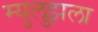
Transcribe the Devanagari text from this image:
म्युलुझला